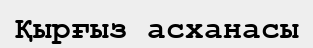
Қырғыз асханасы